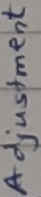
Text: Adjustment